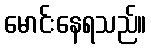
မောင်းနေရသည်။